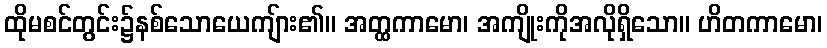
ထိုမစင်တွင်း၌နစ်သောယေကျ်ား၏။ အတ္ထကာမော၊ အကျိုးကိုအလိုရှိသော။ ဟိတကာမော၊